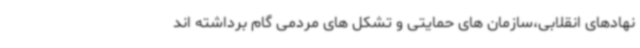
نهادهای انقلابی،سازمان های حمایتی و تشکل های مردمی گام برداشته اند